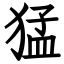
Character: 猛